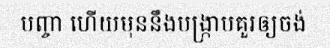
បញ្ចា ហើយមុននឹងបង្ក្រាបគួរឲ្យចង់